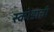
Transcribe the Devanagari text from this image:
स्कोडाची